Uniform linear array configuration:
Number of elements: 64
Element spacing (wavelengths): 1
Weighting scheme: uniform
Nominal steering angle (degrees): -15
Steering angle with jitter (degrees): -15.458
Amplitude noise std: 0.05
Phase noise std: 0.05

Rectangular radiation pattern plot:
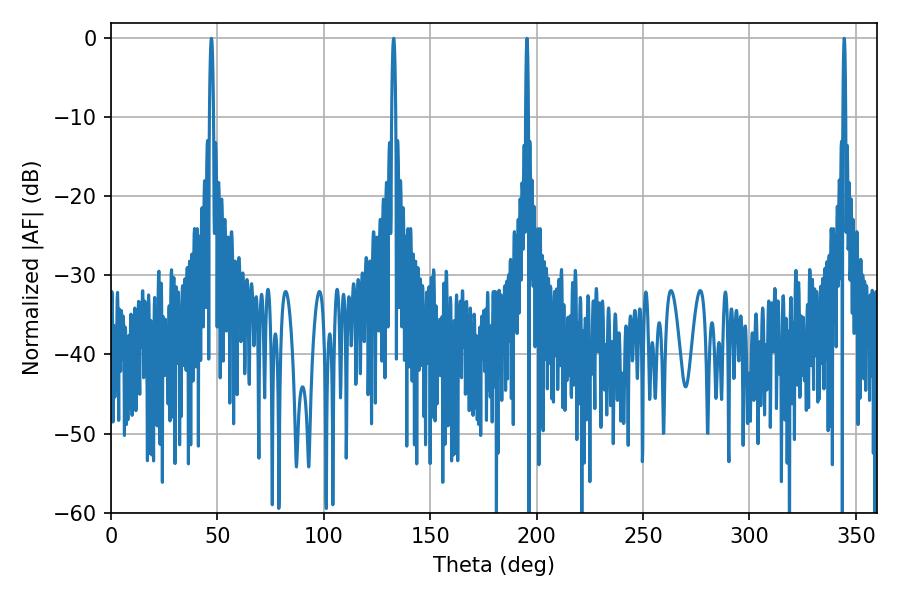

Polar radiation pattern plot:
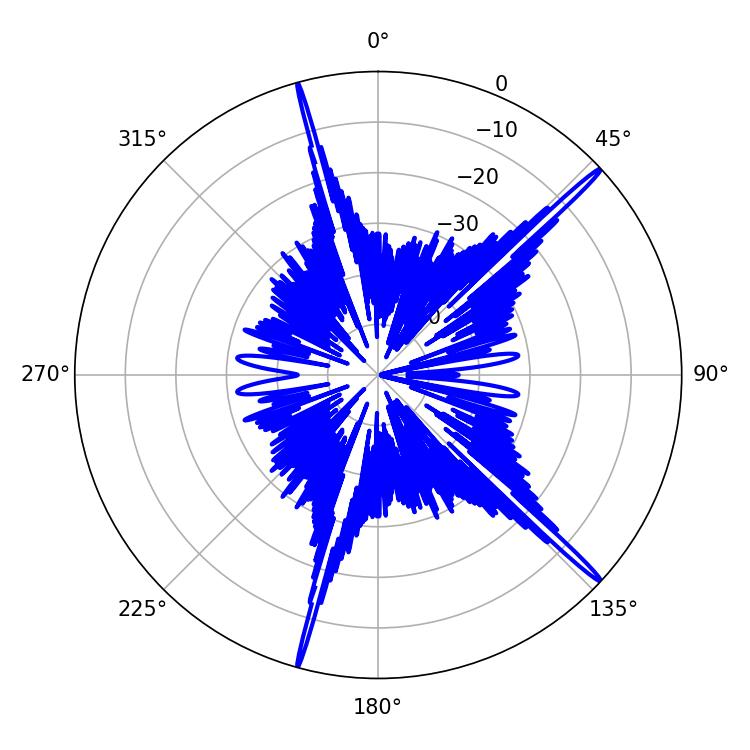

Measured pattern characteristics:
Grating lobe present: TRUE
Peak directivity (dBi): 19.044
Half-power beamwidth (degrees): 1.08
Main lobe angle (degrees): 47.16